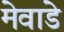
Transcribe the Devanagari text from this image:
मेवाडे